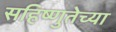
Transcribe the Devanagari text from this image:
सहिष्णुतेच्या